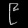
Digit: ၉